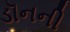
ડૉનની